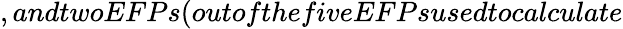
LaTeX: ,andtwoEFPs(outofthefiveEFPsusedtocalculate